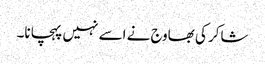
شاکر کی بھاوج نے اسے نہیں پہچانا۔